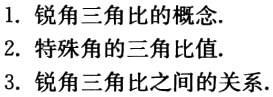
1. 锐角三角比的概念.

2. 特殊角的三角比值.

3. 锐角三角比之间的关系.